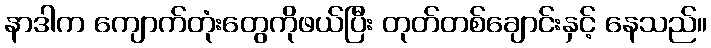
နာဒါက ကျောက်တုံးတွေကိုဖယ်ပြီး တုတ်တစ်ချောင်းနှင့် နေသည်။